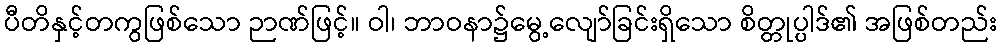
ပီတိနှင့်တကွဖြစ်သော ဉာဏ်ဖြင့်။ ဝါ၊ ဘာဝနာ၌မွေ့လျော်ခြင်းရှိသော စိတ္တုပ္ပါဒ်၏ အဖြစ်တည်း